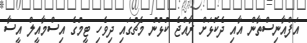
އަފްއާނިސްތާން އާއި ދެކޮޅަށް ރާއްޖެ ކުޅުނު މެޗުގައި ދިވެހި ޓީމުގެ އިސްމާއީލް އީސާ